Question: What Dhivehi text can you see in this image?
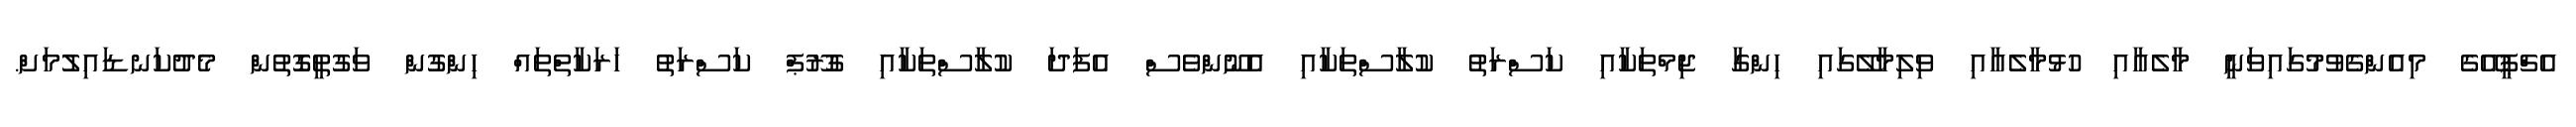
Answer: އެޗްޕީއޭގެ މިއެންގެވުމުގައިވަނީ މާލެއާއި ހުޅުމާލެއާއި ވިލިމާލޭގައި ހިންގާ ޖިމްތަކާއި ކަސްރަތު ކުލާސްތަކާއި އެނޫންވެސް އެފަދަ ކުލާސްތަކާއި ގުރޫޕް ކަސްރަތު ހަރަކާތްތައް ހިންގުން ވަގުތީގޮތުން މެދުކަނޑައިލުމަށް.